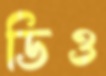
ডিও